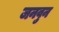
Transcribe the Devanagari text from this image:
जनवुन